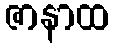
ဇာနာထ